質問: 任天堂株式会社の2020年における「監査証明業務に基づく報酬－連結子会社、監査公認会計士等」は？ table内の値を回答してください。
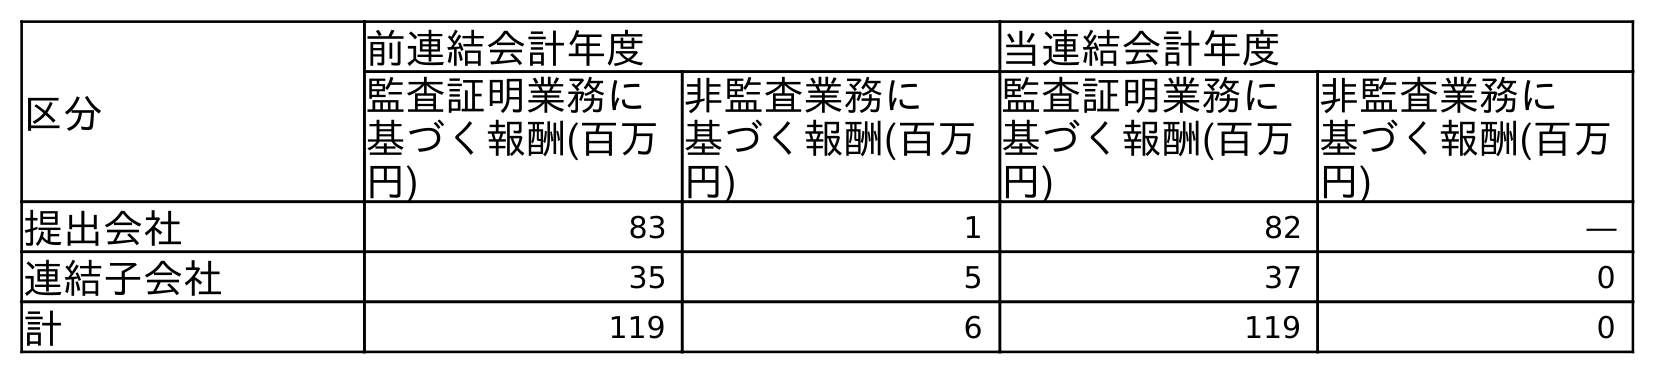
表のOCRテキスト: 区分 前連結会計年度 当連結会計年度 監査証明業務に 基づく報酬(百万 円) 非監査業務に 基づく報酬(百万 円) 監査証明業務に 基づく報酬(百万 円) 非監査業務に 基づく報酬(百万 円) 提出会社 83 1 82 ― 連結子会社 35 5 37 0 計 119 6 119 0
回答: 37